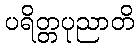
ပရိတ္တပုညာတိ